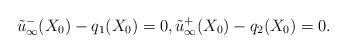
LaTeX: \begin{align*}\tilde u^-_\infty (X_0)- q_1(X_0) =0, \tilde u^+_\infty (X_0)- q_2(X_0) =0.\end{align*}